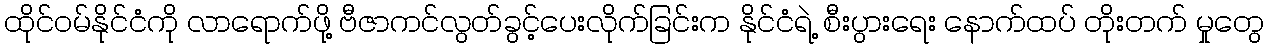
ထိုင်ဝမ်နိုင်ငံကို လာရောက်ဖို့ ဗီဇာကင်လွတ်ခွင့်ပေးလိုက်ခြင်းက နိုင်ငံရဲ့ စီးပွားရေး နောက်ထပ် တိုးတက် မှုတွေ